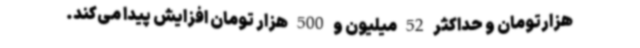
هزارتومان و حداکثر 52 میلیون و 500 هزار تومان افزایش پیدا می‌کند.